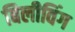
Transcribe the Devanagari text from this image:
बिलीविंग